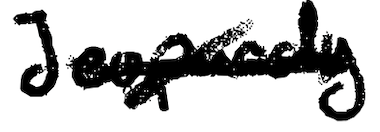
Text: Jeopardy
Cross-out: mix
Writing tool: digital_black